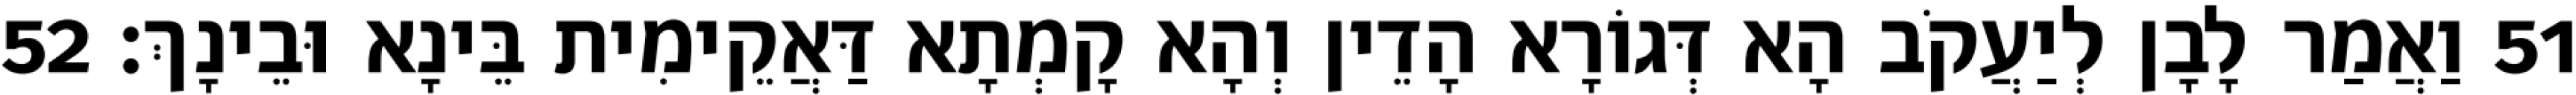
51 וַאֲמַר לָבָן לְיַעֲקֹב הָא דְּגוֹרָא הָדֵין וְהָא קָמְתָא דַּאֲקֵימִית בֵּינָא וּבֵינָךְ׃ 52